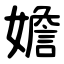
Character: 㜬